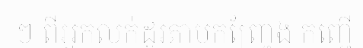
ៗ ពីអ្នកលក់ដូរតាមកញ្ច្រែង កញ្ជើ